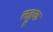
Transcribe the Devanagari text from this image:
लहुक